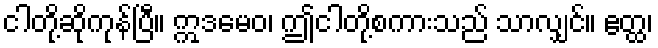
ငါတို့ဆိုကုန်ပြီ။ ဣဒမေဝ၊ ဤငါတို့စကားသည် သာလျှင်။ ဧတ္ထ၊